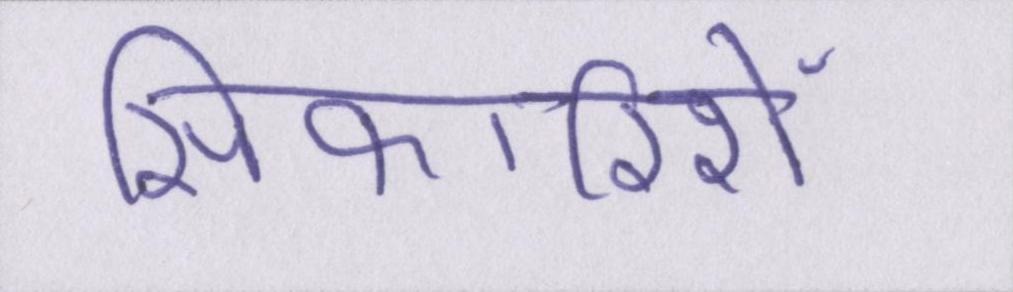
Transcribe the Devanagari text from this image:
सिफारिशें